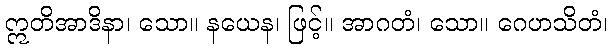
ဣတိအာဒိနာ၊ သော။ နယေန၊ ဖြင့်။ အာဂတံ၊ သော။ ဂေဟသိတံ၊